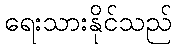
ရေးသားနိုင်သည်